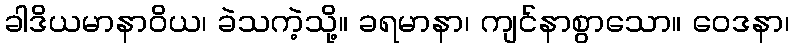
ခါဒိယမာနာဝိယ၊ ခဲသကဲ့သို့။ ခရမာနာ၊ ကျင်နာစွာသော။ ဝေဒနာ၊